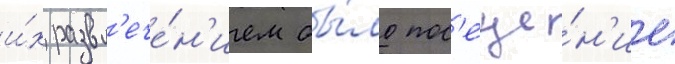
и́х развл'ече́н'ием бы́ло пос'еще́н'ие